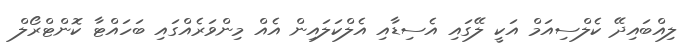
ލިއްބައިދޭ ކެލްސިއަމް އަކީ ލޭގައި އެސިޑާއި އެލްކަލައިން އެއް މިންވަރެއްގައި ބަހައްޓާ ކޮންޓްރޯލް